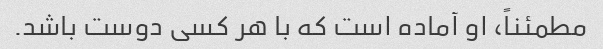
مطمئناً، او آماده است که با هر کسی دوست باشد.